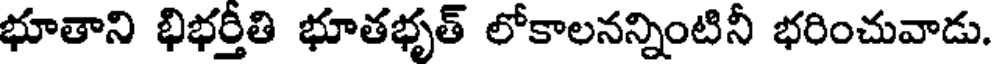
భూతాని భిభర్తీతి భూతభృత్ లోకాలనన్నింటినీ భరించువాడు.